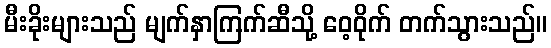
မီးခိုးများသည် မျက်နှာကြက်ဆီသို့ ဝေ့ဝိုက် တက်သွားသည်။